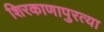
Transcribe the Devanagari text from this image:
शिरकाणापुरत्या